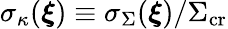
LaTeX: \sigma_{\kappa}(\boldsymbol{\xi})\equiv\sigma_{\Sigma}(\boldsymbol{\xi})/\Sigma_{\mathrm{cr}}